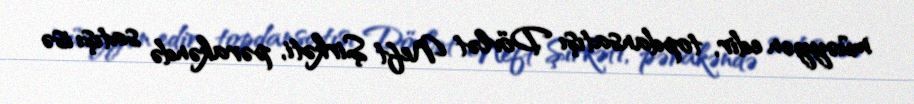
müəyyən edir, topdansatışı Dövlət Neft Şirkəti, pərakəndə satışı isə